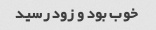
خوب بود و زود رسید